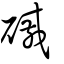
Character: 磩